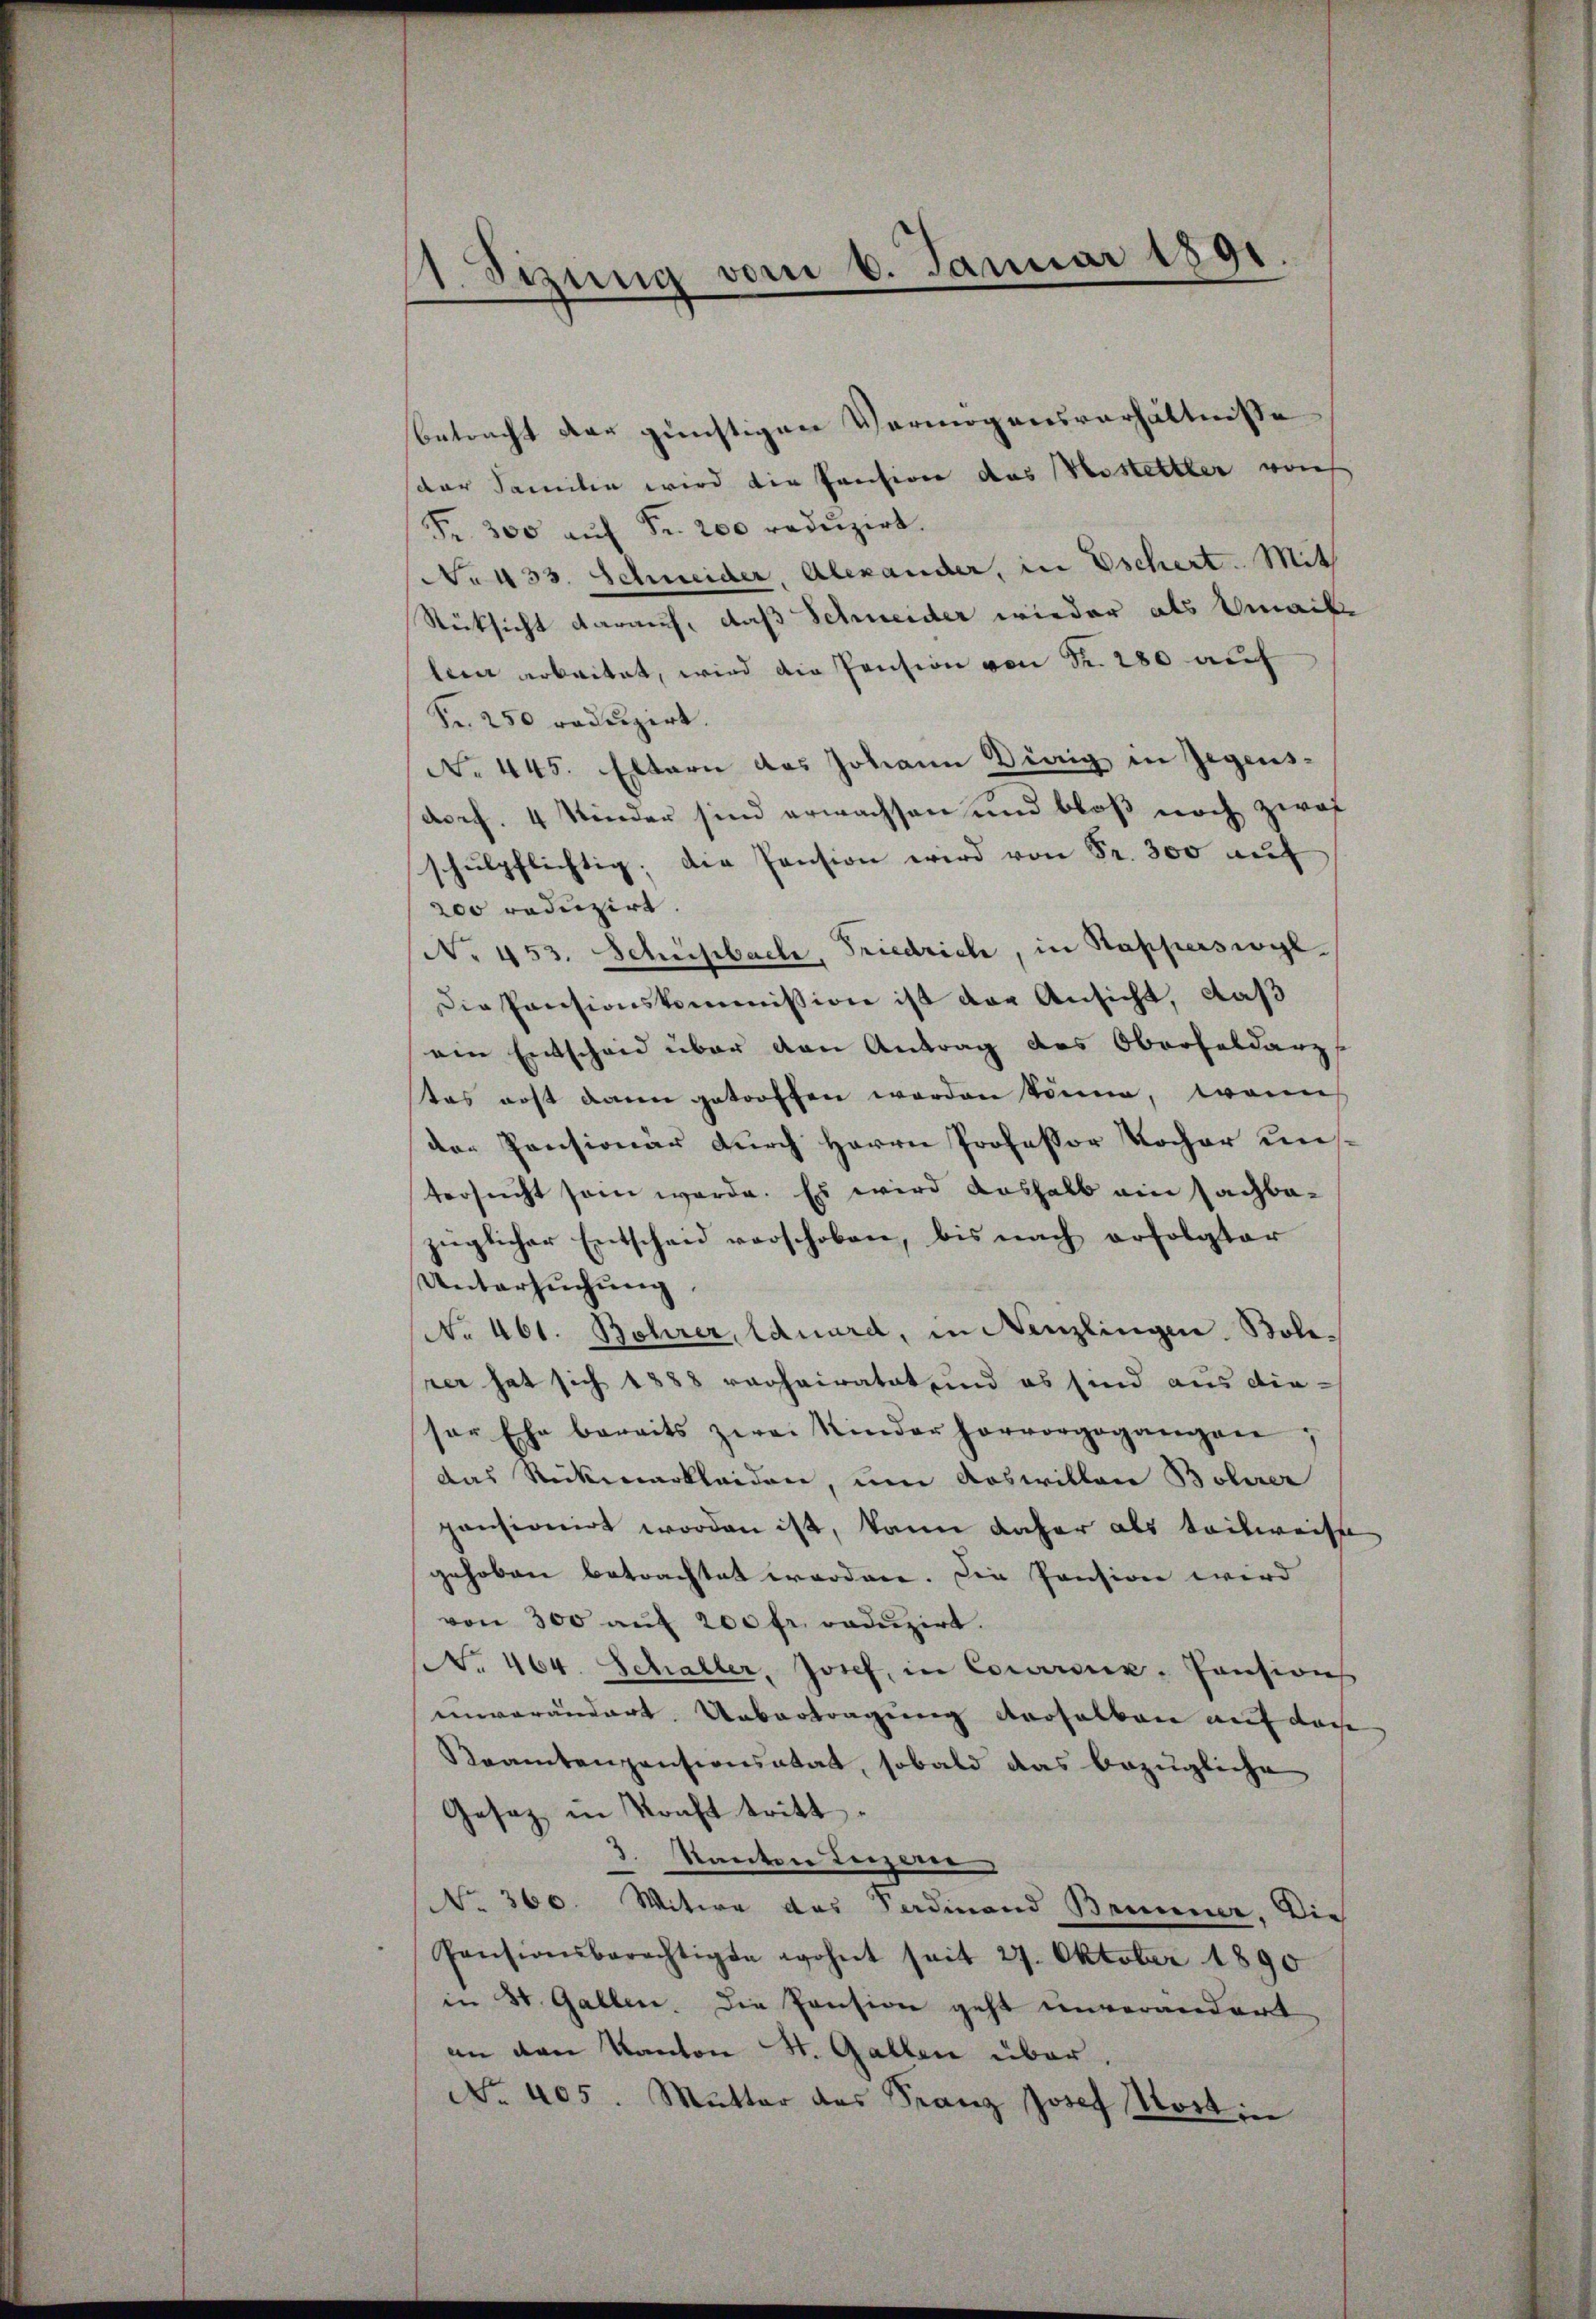
II. Sizung vom 6. Januar 1891

betracht der günstigen Vermögensverhältnisse
der Familie wird die Pension das Kostettler von
Fr. 300 aŭf Fr. 200 redŭzirt.
No 433. Schneider, Alexander, in Eschert. Mit
Rücksicht darauf, daß Schneider wieder als Emaike
leen arbeitet, wird die Pension von Fr. 280 auf
Fr. 250 redŭzirt.
No 445. Eltern des Johann Dierig in Gegens-
Arcf. 4 Kinder sind erwachsen und bloß noch zwai
schulpflichtig; die Pension wird von Fr. 300 auf
200 reduzirt.
No 453. Schwisbach, Friedrich, in Stapperswyl
Die Pensionskommission ist der Ansicht, daß
ein Entscheid über den Antrag des Oberfeldarz
tas erst dann getroffen werden könne, wenn
der Pensionär durch Herrn Professor Kocher unstersucht sein werde. Es wird deshalb ain Sachbazüglicher Entscheid vorschoben, bis nach erfolgter
Untersuchung.
No 461. Bohrer, Eduard, in Nenzlingen. Bole.
rer hat sich 1888 verheiratet und es sind aus die-
ser Ehe bereits zwai Kinder hervorgegangen
das Rückmarkleiden, um Aoswiller Bolirer
pensionirt worden ist, kann daher als teilweise
gehoben betrachtet worden. Die Pension wird
von 300 auf 200 fr. reduzirt.
No. 464. Schaller, Josef, in Correnz-Pensions
unverändert Uebertragung derselben auf dasse
Raventanzensionsatat, sobald das bezügliche
Gesetz in Konft tritt.
3. Kanton Teizern
No. 360. Witwe des Sardinand Brunner, Die
Pensionsberechtigte wohnt seit 27. Oktober 1890
in St. Gallen. Die Pension geht unverändert
an den Kanton St. Gallen über.
No. 405. Mutter des Franz Josef Kosti